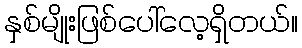
နှစ်မျိုးဖြစ်ပေါ်လေ့ရှိတယ်။